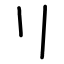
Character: リ